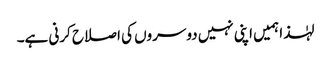
لہٰذا ہمیں اپنی نہیں دوسروں کی اصلاح کرنی ہے۔